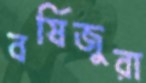
বর্ষিজুরা